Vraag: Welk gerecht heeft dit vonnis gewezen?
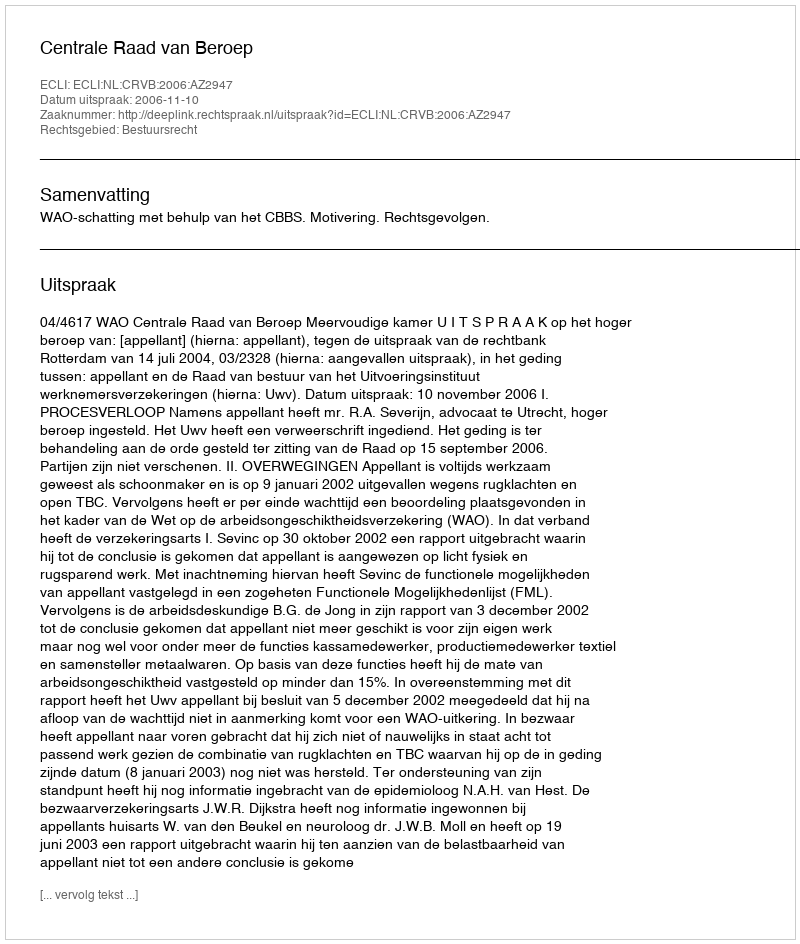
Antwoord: Centrale Raad van Beroep